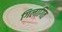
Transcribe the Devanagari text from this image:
गिलागित